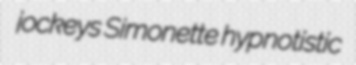
jockeys Simonette hypnotistic